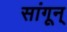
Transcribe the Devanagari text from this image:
सांगून्